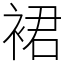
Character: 裙